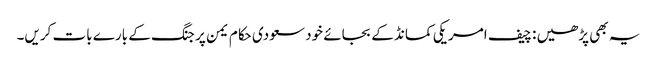
یہ بھی پڑھیں : چیف امریکی کمانڈ کے بجائے خود سعودی حکام یمن پر جنگ کے بارے بات کریں۔